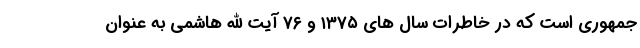
جمهوری است که در خاطرات سال های ۱۳۷۵ و ۷۶ آیت الله هاشمی به عنوان